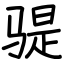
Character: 𫘨